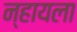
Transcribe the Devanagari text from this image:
न्हायला